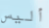
أليس